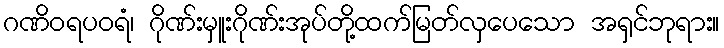
ဂဏိဝရပဝရံ၊ ဂိုဏ်းမှူးဂိုဏ်းအုပ်တို့ထက်မြတ်လှပေသော အရှင်ဘုရား။